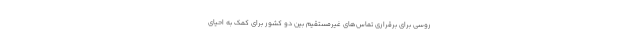
روسی برای برقراری تماس‌های غیرمستقیم بین دو کشور برای کمک به احیای